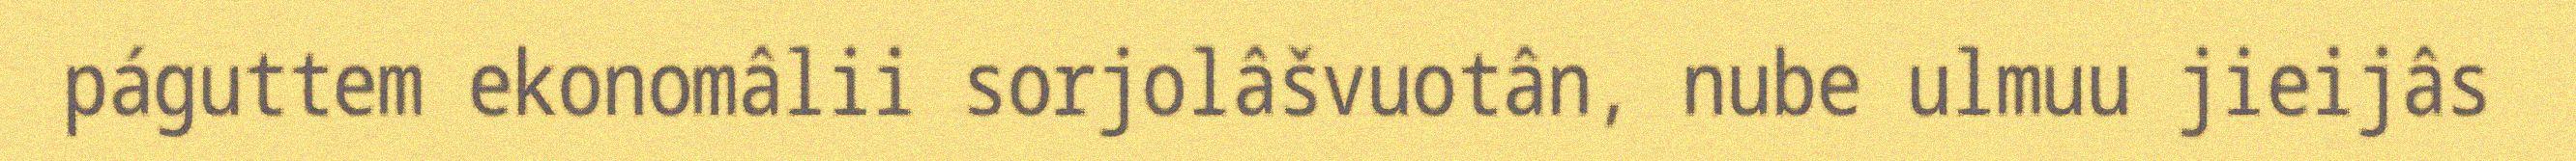
páguttem ekonomâlii sorjolâšvuotân, nube ulmuu jieijâs